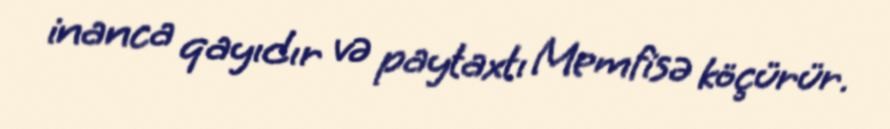
inanca qayıdır və paytaxtı Memfisə köçürür.